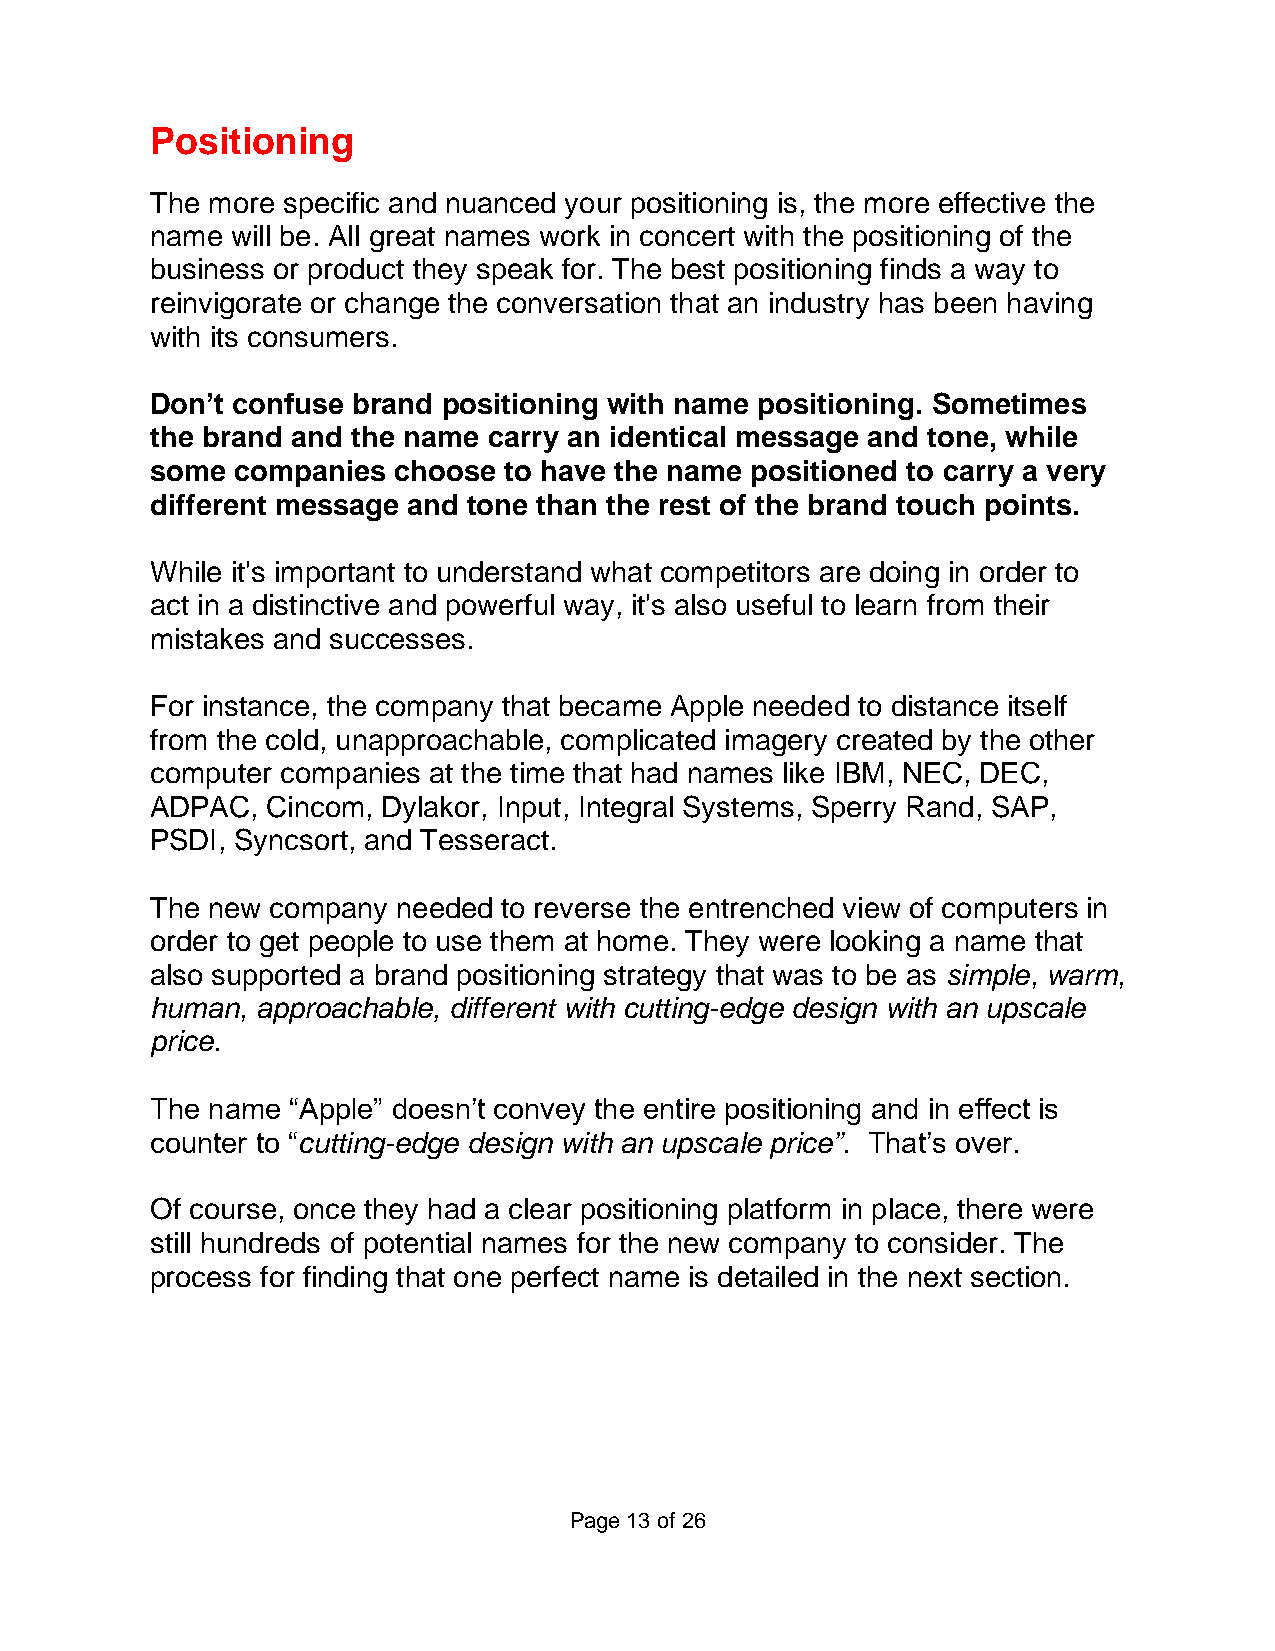
Positioning
 The more specific and nuanced your positioning is, the more effective the
 name will be. All great names work in concert with the positioning of the
 business or product they speak for. The best positioning finds a way to
 reinvigorate or change the conversation that an industry has been having
 with its consumers.
 Don’t confuse brand positioning with name positioning. Sometimes
 the brand and the name carry an identical message and tone, while
 some  companies choose to have the name positioned to carry a very
 different message and tone than the rest of the brand touch points.
 While it's important to understand what competitors are doing in order to
 act in a distinctive and powerful way, it's also useful to learn from their
 mistakes and successes.
 For instance, the company that became Apple needed to distance itself
 from the cold, unapproachable, complicated imagery created by the other
 computer companies at the time that had names like IBM, NEC, DEC,
 ADPAC,  Cincom, Dylakor, Input, Integral Systems, Sperry Rand, SAP,
 PSDI, Syncsort, and Tesseract.
 The new company needed to reverse the entrenched view of computers in
 order to get people to use them at home. They were looking a name that
 also supported a brand positioning strategy that was to be as simple, warm,
 human, approachable, different with cutting-edge design with an upscale
 price.
 The name “Apple” doesn’t convey the entire positioning and in effect is
 counter to “cutting-edge design with an upscale price”. That’s over.
 Of course, once they had a clear positioning platform in place, there were
 still hundreds of potential names for the new company to consider. The
 process for finding that one perfect name is detailed in the next section.
 Page 13 of 26